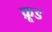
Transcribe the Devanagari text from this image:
फ्रूड